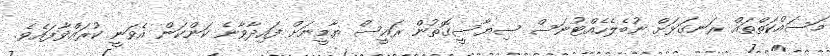
މަސައްކަތްތައް ރަނގަޅަށް ނުބެލެހެއްޓުނަސް ސިޔާސީގޮތުން ރައީސް ޔާމީނަށް ފައިދާވާނެ ކަންކަން އެވަނީ ކުރައްވާފައެވެ.